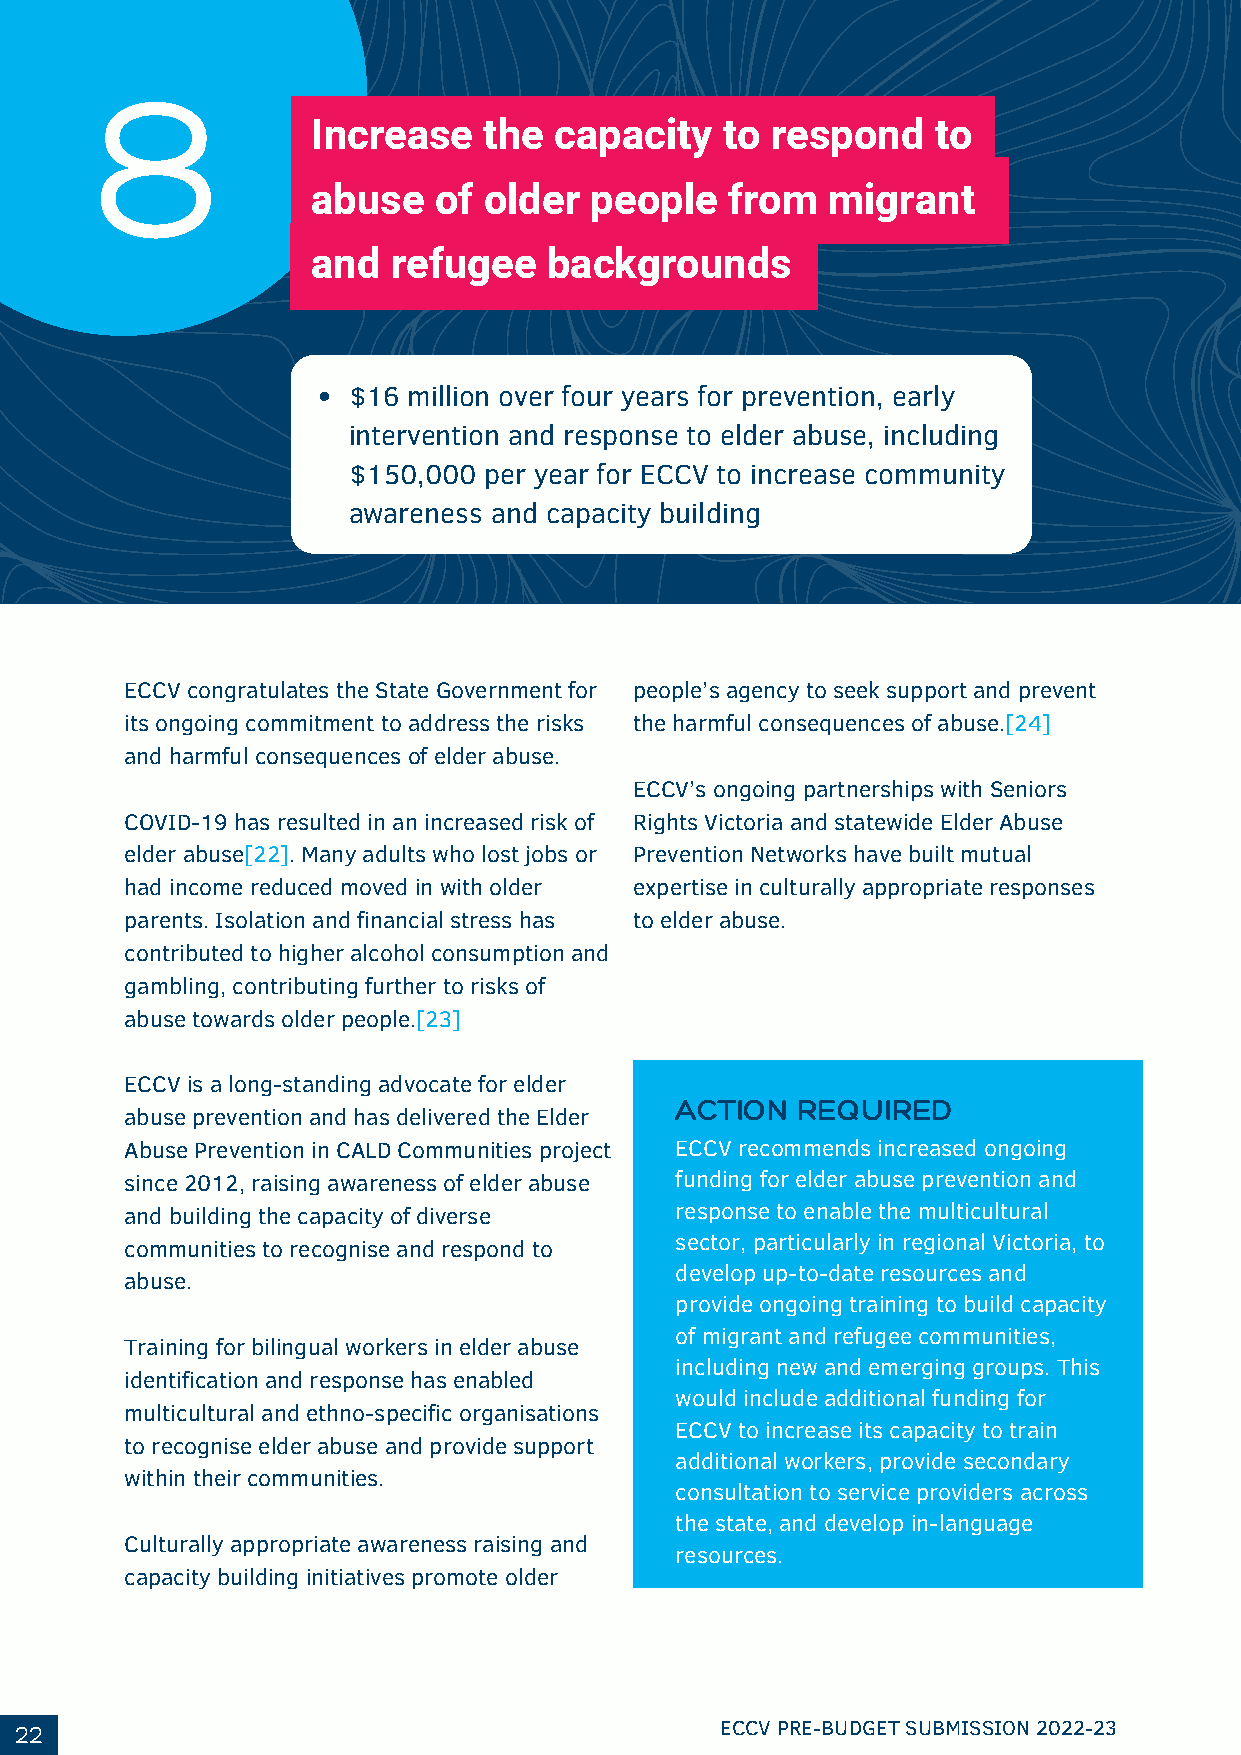
8
 Increase   the  capacity   to respond    to
 abuse   of older  people   from   migrant
 and  refugee   backgrounds
 $16 million over four years for prevention, early
 intervention and response to elder abuse, including
 $150,000 per year for ECCV to increase community
 awareness and capacity building
 ECCV congratulates the State Government for people’s agency to seek support and prevent
 its ongoing commitment to address the risks the harmful consequences of abuse.[24]
 and harmful consequences of elder abuse.
 ECCV’s ongoing partnerships with Seniors
 COVID-19 has resulted in an increased risk of Rights Victoria and statewide Elder Abuse
 elder abuse[22]. Many adults who lost jobs or Prevention Networks have built mutual
 had income reduced moved in with older expertise in culturally appropriate responses
 parents. Isolation and financial stress has to elder abuse.
 contributed to higher alcohol consumption and
 gambling, contributing further to risks of
 abuse towards older people.[23]
 ECCV is a long-standing advocate for elder
 ACTION  REQUIRED
 abuse prevention and has delivered the Elder
 Abuse Prevention in CALD Communities project ECCV recommends increased ongoing
 since 2012, raising awareness of elder abuse funding for elder abuse prevention and
 and building the capacity of diverse response to enable the multicultural
 sector, particularly in regional Victoria, to
 communities to recognise and respond to
 develop up-to-date resources and
 abuse.
 provide ongoing training to build capacity
 of migrant and refugee communities,
 Training for bilingual workers in elder abuse
 including new and emerging groups. This
 identification and response has enabled
 would include additional funding for
 multicultural and ethno-specific organisations
 ECCV to increase its capacity to train
 to recognise elder abuse and provide support
 additional workers, provide secondary
 within their communities.
 consultation to service providers across
 the state, and develop in-language
 Culturally appropriate awareness raising and
 resources.
 capacity building initiatives promote older
 22                                             ECCV PRE-BUDGET SUBMISSION 2022-23